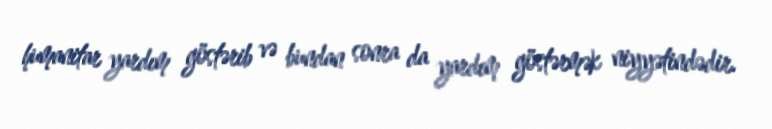
humanitar yardım göstərib və bundan sonra da yardım göstərmək niyyətindədir.